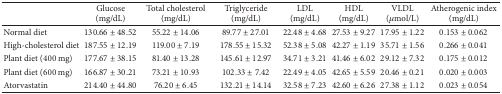
|  | Glucose (mg/dL) | Total cholesterol (mg/dL) | Triglyceride (mg/dL) | LDL (mg/dL) | HDL (mg/dL) | VLDL (μmol/L) | Atherogenic index (mg/dL) |
 | --- | --- | --- | --- | --- | --- | --- | --- |
 | Normal diet | 130.66 ± 48.52 | 55.22 ± 14.06 | 89.77 ± 27.01 | 22.48 ± 4.68 | 27.53 ± 9.27 | 17.95 ± 1.22 | 0.153 ± 0.062 |
 | High-cholesterol diet | 187.55 ± 12.19 | 119.00 ± 7.19 | 178.55 ± 15.32 | 52.38 ± 5.08 | 42.27 ± 1.19 | 35.71 ± 1.56 | 0.266 ± 0.041 |
 | Plant diet (400 mg) | 177.67 ± 38.15 | 81.40 ± 13.28 | 145.61 ± 12.97 | 34.71 ± 3.21 | 41.46 ± 6.02 | 29.12 ± 7.32 | 0.175 ± 0.012 |
 | Plant diet (600 mg) | 166.87 ± 30.21 | 73.21 ± 10.93 | 102.33 ± 7.42 | 22.49 ± 4.05 | 42.65 ± 5.59 | 20.46 ± 0.21 | 0.020 ± 0.003 |
 | Atorvastatin | 214.40 ± 44.80 | 76.20 ± 6.45 | 132.21 ± 14.14 | 32.58 ± 7.23 | 42.60 ± 6.26 | 27.38 ± 1.12 | 0.023 ± 0.054 |